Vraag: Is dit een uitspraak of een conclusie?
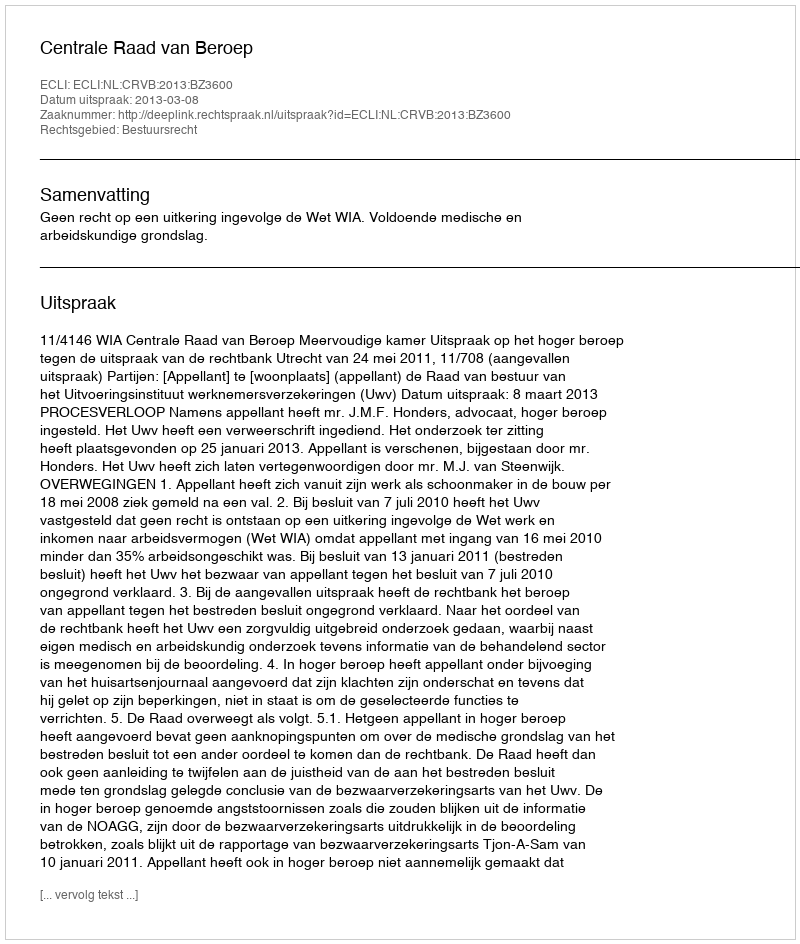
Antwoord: Uitspraak